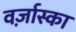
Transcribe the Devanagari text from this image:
वर्ज़ास्का